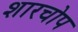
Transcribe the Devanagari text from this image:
शारचोप